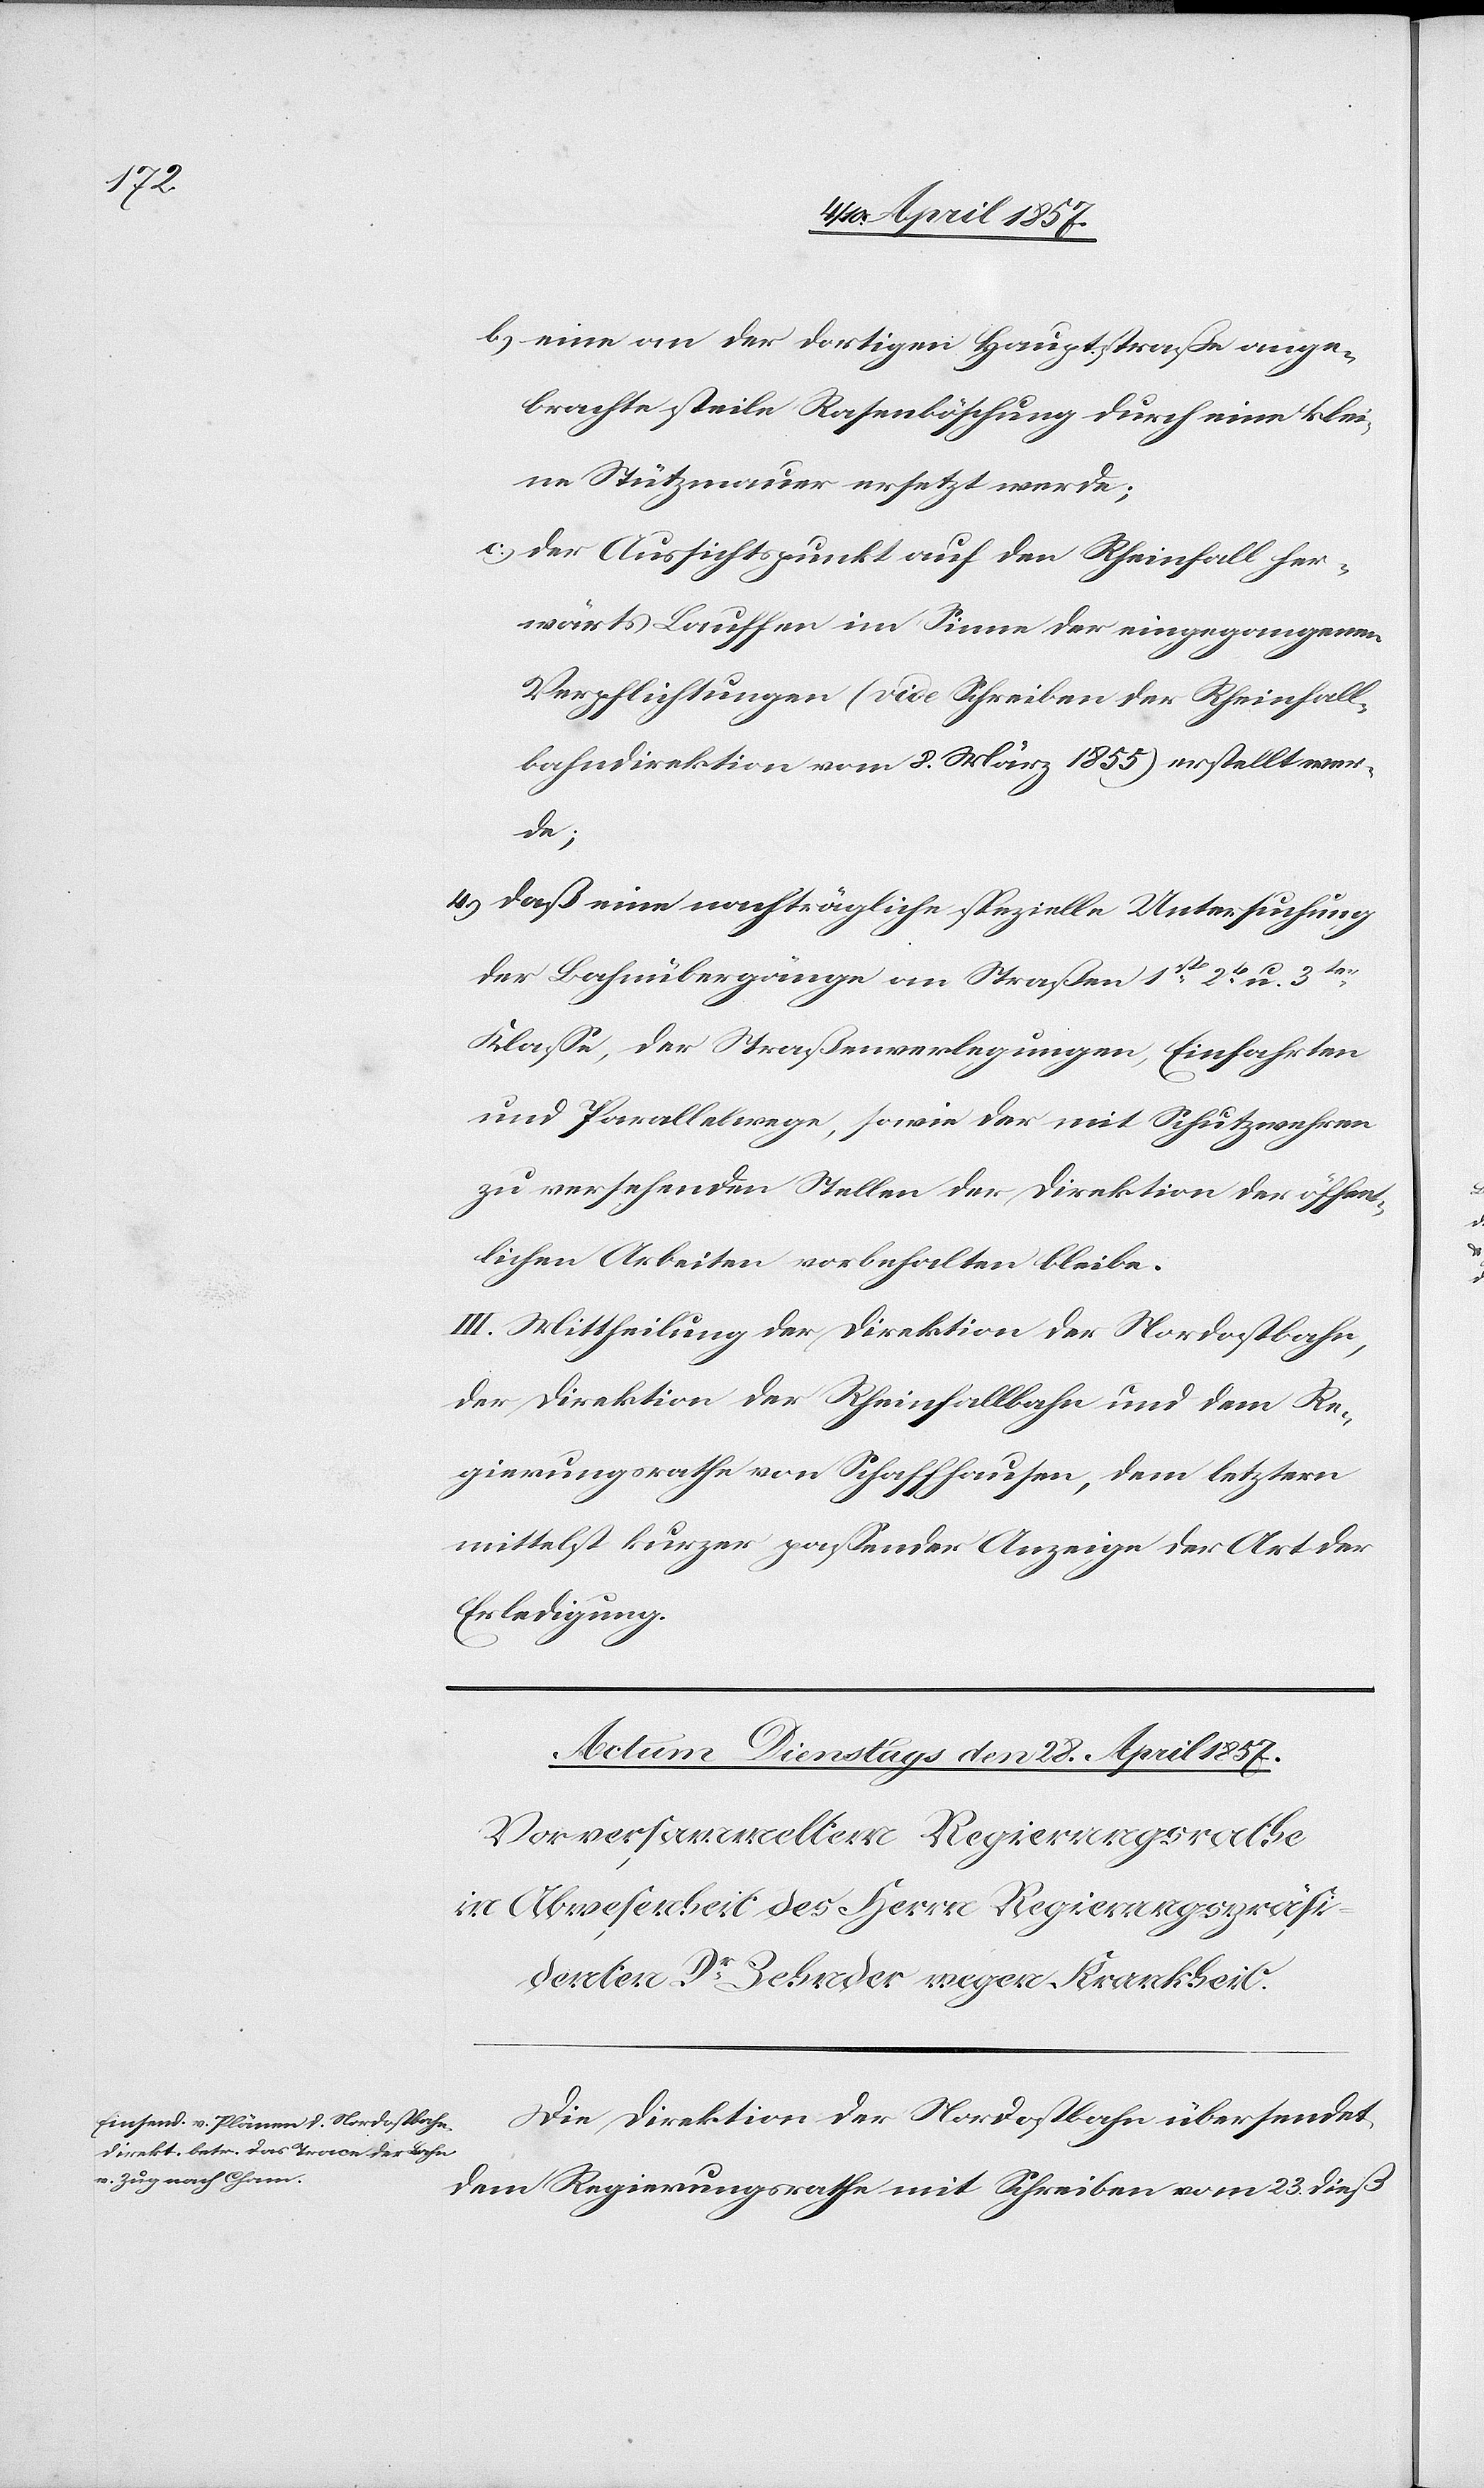
b) eine an der dortigen Hauptstraße ange¬
brachte steile Rasenböschung durch eine klei¬
ne Stützmauer ersetzt werde;
c) der Aussichtspunkt auf den Rheinfall her¬
wärts Lauffen im Sinne der eingegangenen
Verpflichtungen (vide Schreiben der Rheinfall¬
bahndirektion vom 8. März 1855) erstellt wer¬
de;
4) daß eine nachträgliche spezielle Untersuchung
der Bahnübergänge an Straßen 1st[,] 2t u. 3ter
Klasse, der Straßenverlegungen, Einfahrten
und Parallelwege, sowie der mit Schutzwehren
zu versehenden Stellen der Direktion der öffent¬
lichen Arbeiten vorbehalten bleibe.
III. Mittheilung der Direktion der Nordostbahn,
der Direktion der Rheinfallbahn und dem Re¬
gierungsrathe von Schaffhausen, dem letztern
mittelst kurzer passender Anzeige der Art der
Erledigung.
Die Direktion der Nordostbahn übersendet
dem Regierungsrathe mit Schreiben vom 23 dieß